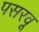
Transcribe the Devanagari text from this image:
पसरवू